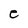
Character: e